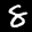
Label: 8